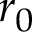
r _ { 0 }